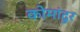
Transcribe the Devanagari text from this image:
कोमांदुर